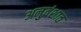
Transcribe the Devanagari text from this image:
अनुवंशात